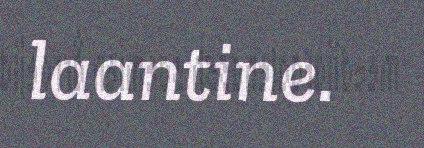
laantine.